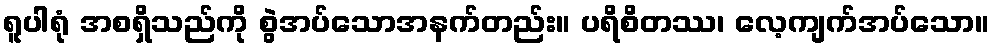
ရူပါရုံ အစရှိသည်ကို စွဲအပ်သောအနက်တည်း။ ပရိစိတဿ၊ လေ့ကျက်အပ်သော။